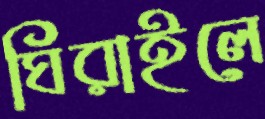
ঘিরাইলে